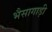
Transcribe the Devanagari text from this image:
भैसागाड़ी